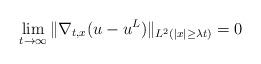
LaTeX: \begin{align*}\lim_{t\to\infty}\|\nabla_{t,x}(u-u^L)\|_{L^2(|x|\ge\lambda t)}=0\end{align*}